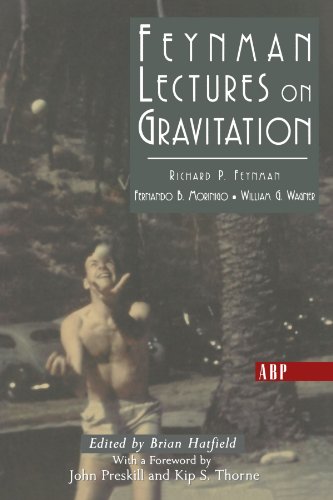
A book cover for Feynman Lectures On Gravitation (Frontiers in Physics S); Richard Feynman; Science & Math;